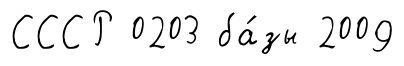
СССР 0203 ба́зы 2009